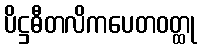
ပိဋ္ဌဓီတလိကပေတဝတ္ထု